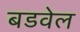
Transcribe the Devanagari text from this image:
बडवेल